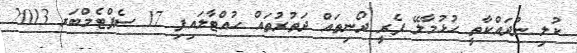
ކުލި ނުދައްކާތީ ހުޅުމާލޭ ފެރީ ދޯނިތައް ދަތުރުތައް ހުއްޓާލައިފި 17 ސެޕްޓެމްބަރ 2013